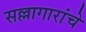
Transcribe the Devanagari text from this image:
सल्लागारांचे